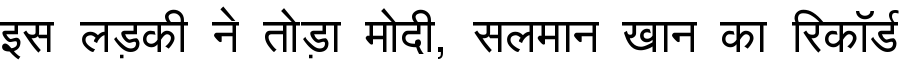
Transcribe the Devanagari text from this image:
इस लड़की ने तोड़ा मोदी, सलमान खान का रिकॉर्ड